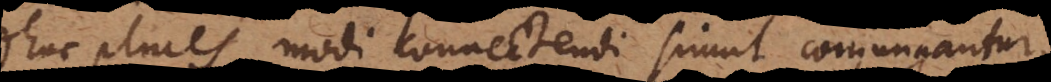
adhuc plures modi connectendi simul conjungantur;